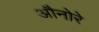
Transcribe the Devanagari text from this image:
औनोरे